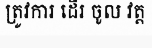
ត្រូវការ ដើរ ចូល វត្ត